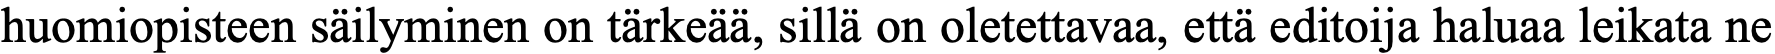
huomiopisteen säilyminen on tärkeää, sillä on oletettavaa, että editoija haluaa leikata ne